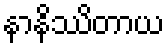
နာနိဿိတာယ